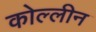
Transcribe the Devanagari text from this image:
कोल्लीन